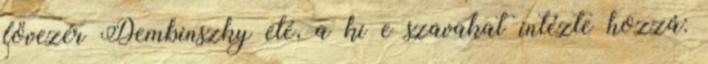
fővezér Dembinszky elé, a ki e szavakat intézte hozzá: